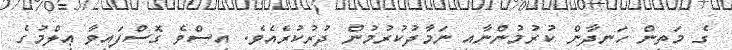
ގެ މަތިން ހަނދާން ކުރުމުންނާއި ނަމާދުކުރުމުން ދުރުކުރެއެވެ. އިސްވެ ގޮސްފައިވާ ޢިލްމުގެ